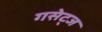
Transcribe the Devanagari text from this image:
गसेट्ज